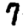
Digit: 7